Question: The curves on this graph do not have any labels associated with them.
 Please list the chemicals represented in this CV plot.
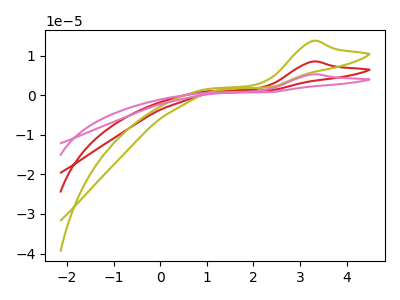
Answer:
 <answer>The red curve does not have a label. The olive curve does not have a label. The pink curve does not have a label.</answer>
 <eval></eval>